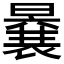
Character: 𭧽